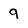
Character: 9